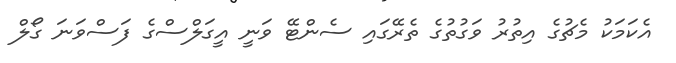
އެކަމަކު މެޗުގެ އިތުރު ވަގުތުގެ ތެރޭގައި ސެންޓޭ ވަނީ އީގަލްސްގެ ފަސްވަނަ ގޯލް